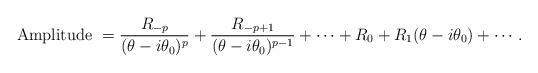
LaTeX: \begin{align*}\mbox{Amplitude }=\frac{R_{-p}}{(\theta-i\theta_0)^p}+\frac{R_{-p+1}}{(\theta-i\theta_0)^{p-1}}+\cdots +R_0+R_1(\theta-i\theta_0)+ \cdots.\end{align*}